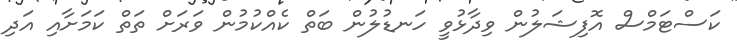
ކަސްޓަމްސް އޮފިޝަލުން ވިދާޅުވީ ހަނޑުލުން ބަތް ކެއްކުމުން ވަރަށް ތަތް ކަމަށާއި އަދި